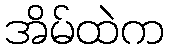
အိမ်ထဲက